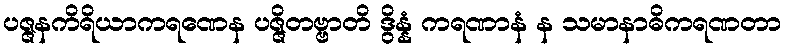
ပဇ္ဇနကိရိယာကရဏေန ပဇ္ဇိတဗ္ဗာတိ ဒွိန္နံ ကရဏာနံ န သမာနာဓိကရဏတာ